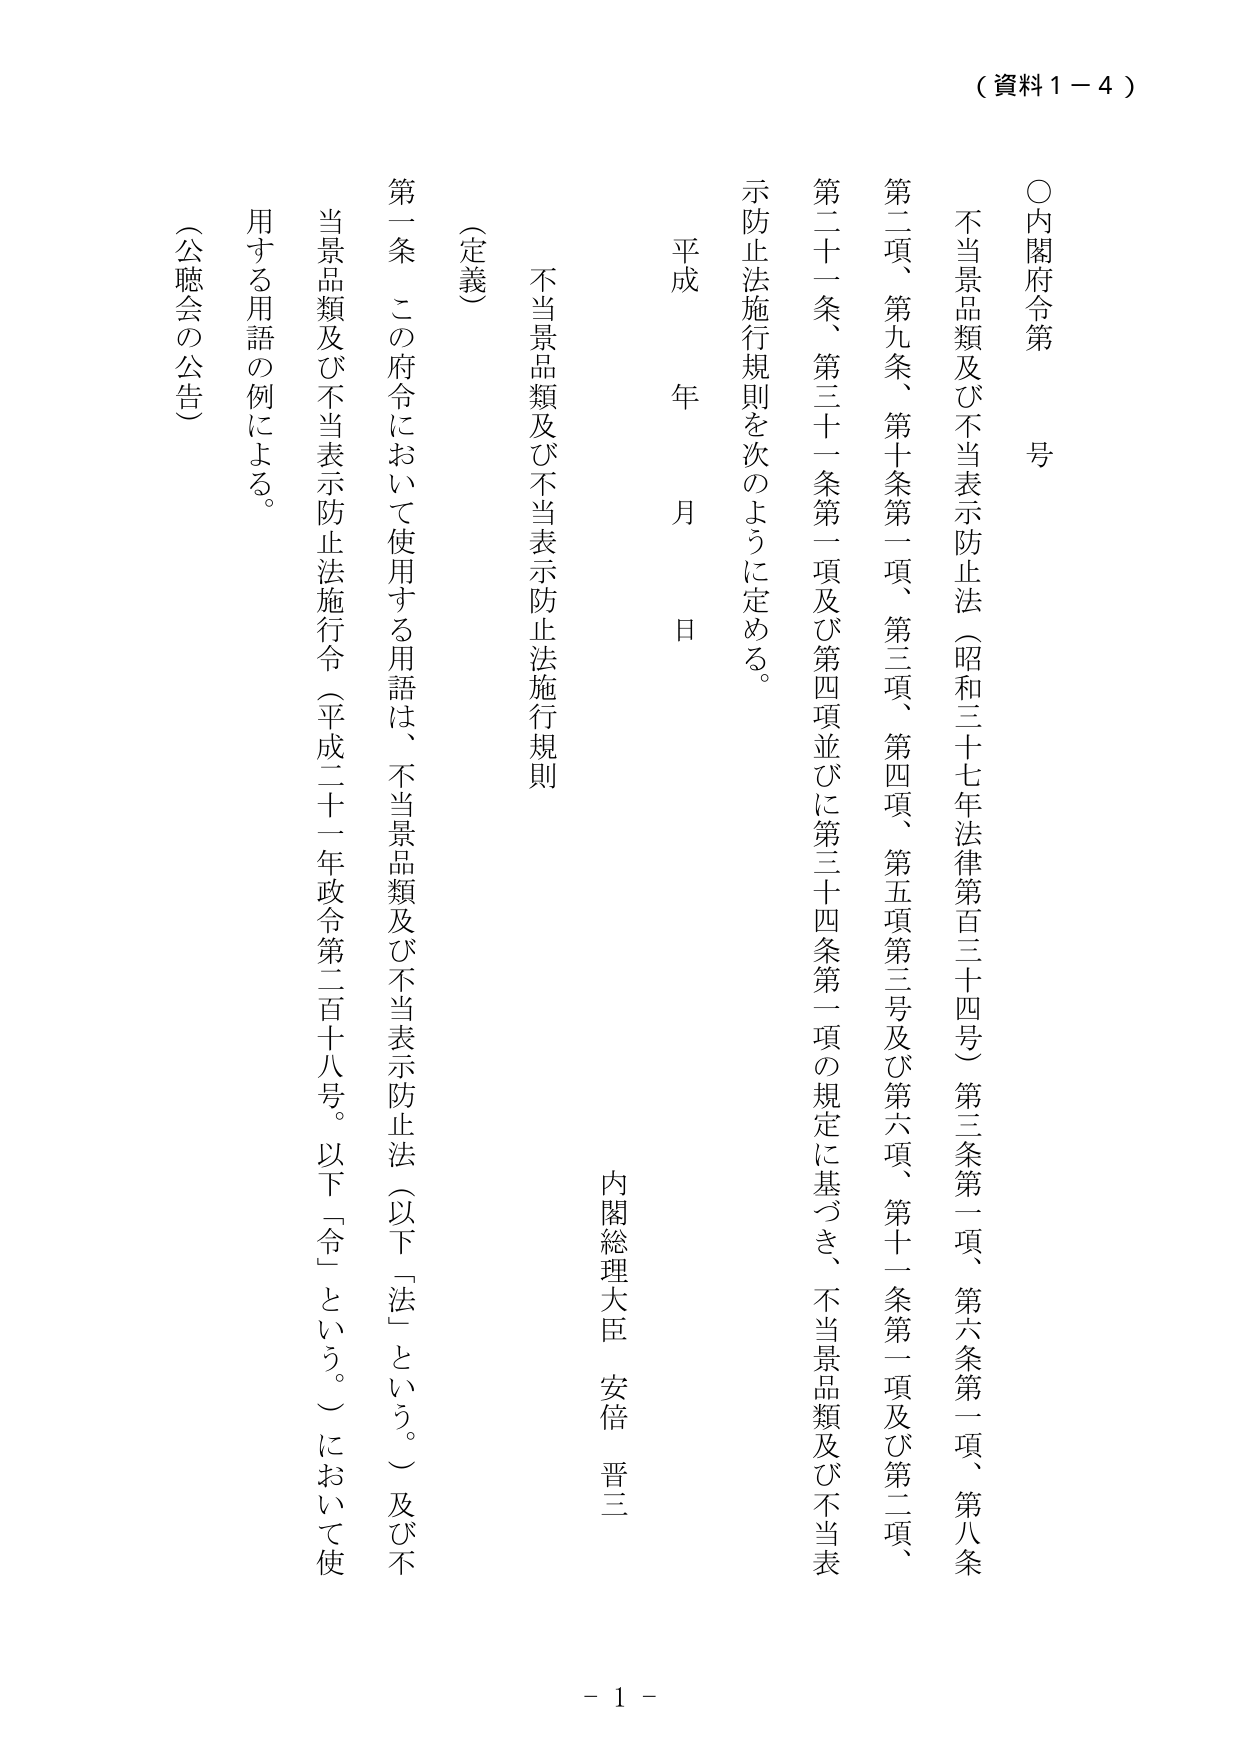
（資料１－４）

○内閣府令第　　号

不当景品類及び不当表示防止法（昭和三十七年法律第百三十四号）第三条第一項、第六条第一項、第八条第二項、第九条、第十条第一項、第三項、第四項、第五項第三号及び第六項、第十一条第一項及び第二項、第二十一条、第三十一条第一項及び第四項並びに第三十四条第一項の規定に基づき、不当景品類及び不当表示防止法施行規則を次のように定める。

平成　　年　　月　　日

内閣総理大臣　安倍　晋三

（定義）

第一条　この府令において使用する用語は、不当景品類及び不当表示防止法（以下「法」という。）及び不当景品類及び不当表示防止法施行令（平成二十一年政令第二百十八号。以下「令」という。）において使用する用語の例による。

（公聴会の公告）

－１－